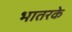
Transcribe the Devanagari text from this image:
भातरके